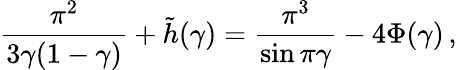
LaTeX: \frac{\pi^{2}}{3\gamma(1-\gamma)}+\tilde{h}(\gamma)=\frac{\pi^{3}}{\sin\pi\gamma}-4\Phi(\gamma)\, ,